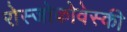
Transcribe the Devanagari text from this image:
रोस्‍जोकोवेस्‍की